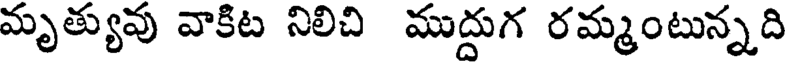
మృత్యువు వాకిట నిలిచి ముద్దుగ రమ్మంటున్నది